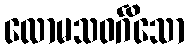
လောမသဝင်္ဂိသော